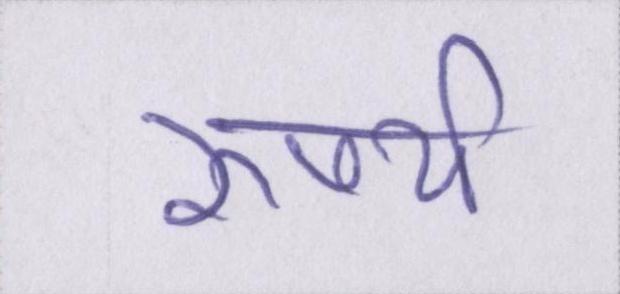
रुपये